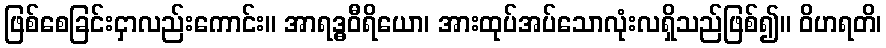
ဖြစ်စေခြင်းငှာလည်းကောင်း။ အာရဒ္ဓဝီရိယော၊ အားထုပ်အပ်သောလုံးလရှိသည်ဖြစ်၍။ ဝိဟရတိ၊